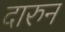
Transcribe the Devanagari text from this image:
दारुन